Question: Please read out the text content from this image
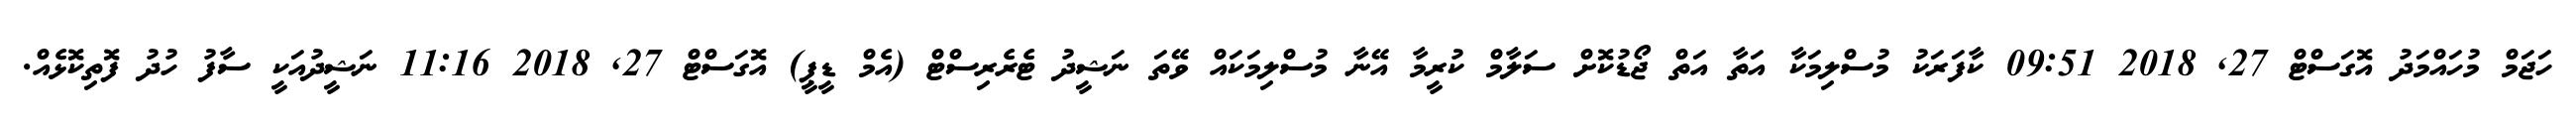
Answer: ހަޖަމް މުހައްމަދު އޮގަސްޓް 27, 2018 09:51 ކާފަރަކު މުސްލިމަކާ އަތާ އަތް ޖޯޑުކޮށް ސަލާމް ކުރީމާ އޭނާ މުސްލިމަކައް ވޭތަ ނަޝީދު ޓެރެރިސްޓް (އެމް ޑީޕީ) އޮގަސްޓް 27, 2018 11:16 ނަޝީދުއަކީ ސާފު ހުދު ފޮތިކޮޅެއް.